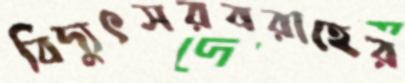
বিদ্যুৎসরবরাহের